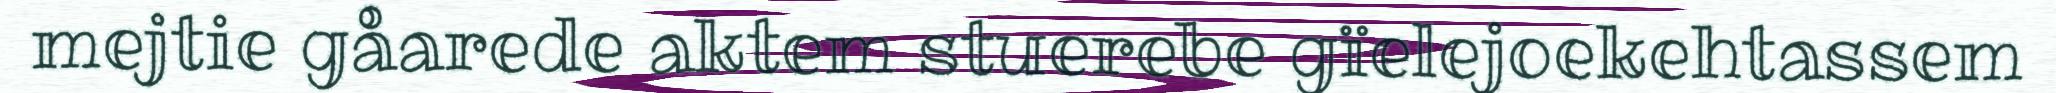
mejtie gåarede aktem stuerebe gïelejoekehtassem